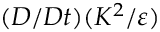
( D / D t ) ( K ^ { 2 } / \varepsilon )